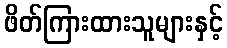
ဖိတ်ကြားထားသူများနှင့်